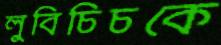
লুবিচিচকে